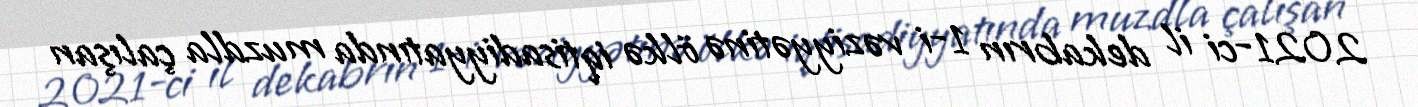
2021-ci il dekabrın 1-i vəziyyətinə ölkə iqtisadiyyatında muzdla çalışan